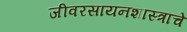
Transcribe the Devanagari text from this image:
जीवरसायनशास्त्राचे